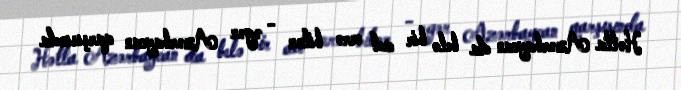
Hətta Azərbaycan da belə bir ad verə bilər - əgər Azərbaycan qarşısında